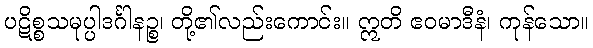
ပဋိစ္စသမုပ္ပါဒင်္ဂါနဉ္စ၊ တို့၏လည်းကောင်း။ ဣတိ ဧဝမာဒီနံ၊ ကုန်သော။